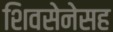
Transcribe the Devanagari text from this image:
शिवसेनेसह